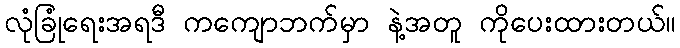
လုံခြုံရေးအရဒီ ကကျောဘက်မှာ နဲ့အတူ ကိုပေးထားတယ်။